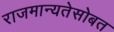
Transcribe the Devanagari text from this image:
राजमान्यतेसोबत